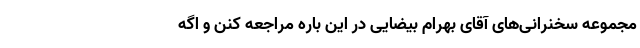
مجموعه سخنرانی‌های آقای بهرام بیضایی در این باره مراجعه کنن و اگه